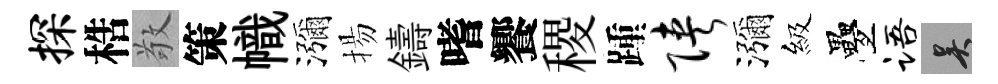
探梏敬策幟瀰揚鑄嗜饗稷踵陕瀰級疊语吴